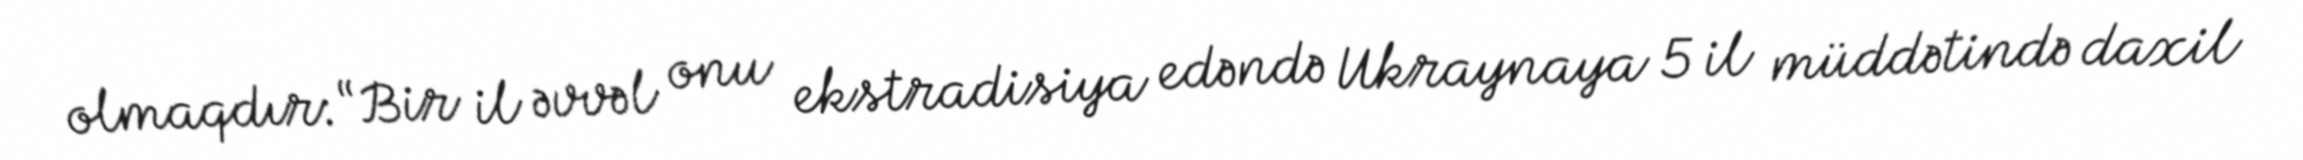
olmaqdır: “Bir il əvvəl onu ekstradisiya edəndə Ukraynaya 5 il müddətində daxil